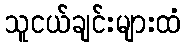
သူငယ်ချင်းများထံ